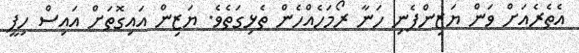
އެތެރެއަށް ވަން ޔަޒިންފެނި ހަނާ ރޯމަހެއްހެން ތެޅިގަތެވެ. ޔަޒިން އައިގޮތަށް އައިސް ހިފީ